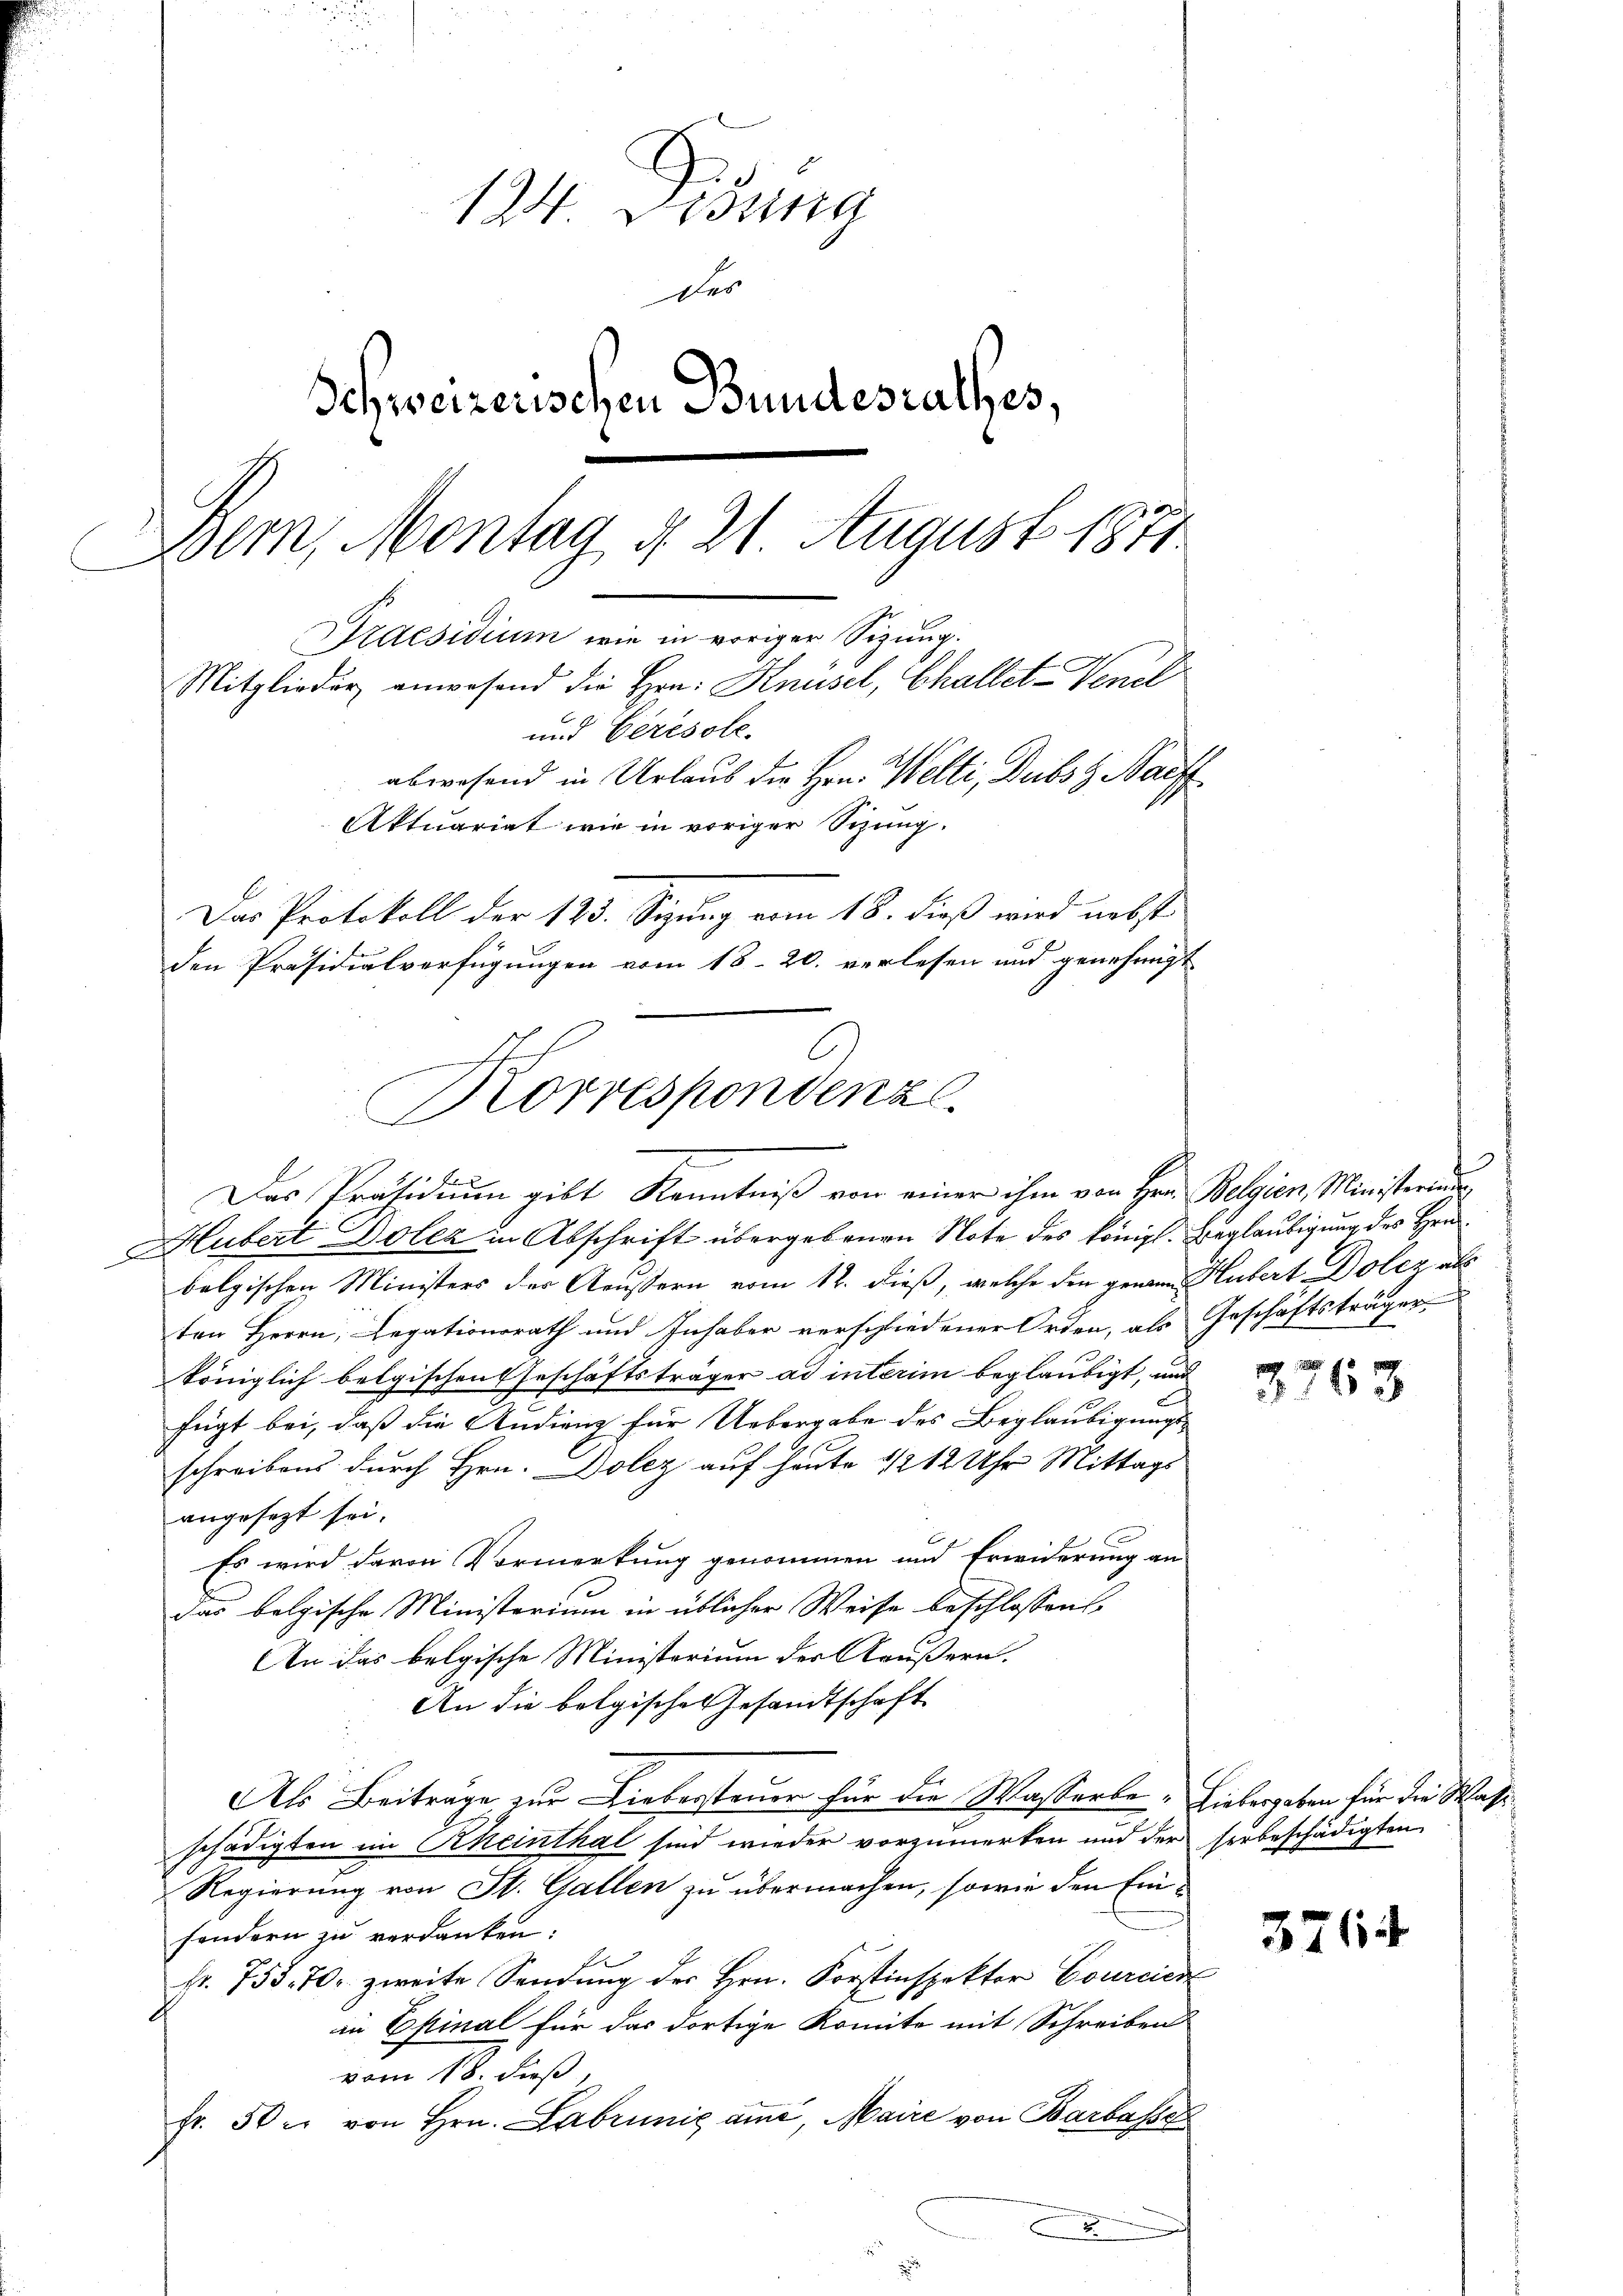
134. Disung
Der
Schweizerischen Bundesrathes,
Bern, Montag d. 21. August 1871
Praesidium wie in voriger Sizung.
Mitglieder anwesend die Hrn. Knüsel, Challet-Venel
und Ceresole.
abwesend in Urlaub die Hrn. Welti, Dubs z Naiff
Aktuariat wie in voriger Sizung.
Das Protokoll der 123. Sizung vom 18. dieß wird nebst
den Präsidialverfügungen vom 18. 20. verlesen und genehmigt

)
Korrespondenz
2
Das Präsidiŭm gibt Kenntniβ von einer ihm von Hrn. Belgien, Ministerium

Hubert Dolen in Abschrift übergebenen Note des Königl. Beglaubigung des Hrn.
belgischen Ministers der Aeussern vom 12. dieß, welche den genann Hubert Dolez als
ten Herrn, Legationsrath und Inhaber verschiedener Orden, als Geschäftsträger
königlich belgischen Geschäftsträger ad interim beglaubigt, und
fügt bei, daß die Audienz für Uebergabe des Beglaubigungs-
schreibens durch Hrn. Dolez auf heute 1/2 12 Uhr Mittags
angesezt sei.
E
Es wird davon Vormerkung genommen und Erwiderung an
das belgische Ministerium in üblicher Weise beschlossens,
An das belgische Ministerium der Aeußern.
An die belgisches Gesandtschaft
Als Beiträge zur Liebersteuer für die Wasserbe. Liebergeben für die Wassischädigten im Rheinthal sind wieder vorzumerken und der
Regierung von St. Gallen zu übermachen, sowie den Einsondern zu verdanken.
fr. 755. 70. zweite Sendung der Hrn. Forstinspektor Courcin
in Epinal für das dortige Komite mit Schreiben
vom 18. dieß,
Fr. 50 er von Hrn. Labrünig ame, Maire von Barbasse
x

e

3763

herbeschädigten

3764